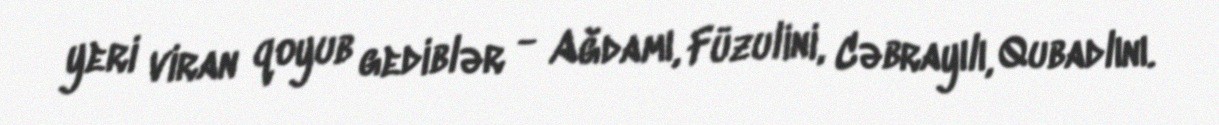
yeri viran qoyub gediblər - Ağdamı, Füzulini, Cəbrayılı, Qubadlını.